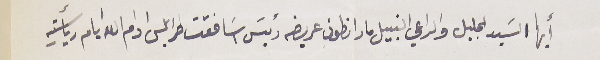
أيها السَيد الجليل والراعي النبيل مار انطون عريضه رئيسَ اسَافقت طرابلس ادام الله ايام ريأستهِ